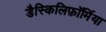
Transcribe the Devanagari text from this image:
डैस्किलिफ़ॉर्मिया